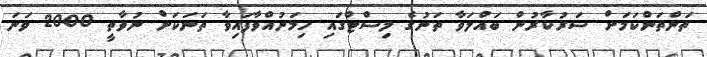
ތަންތަންކަމަށް ސަރުކާރުން ބައްލަވާ ތަނުގެ ލިސްޓްގައި ހިމަނުއްވާފައިވާ ތަނަކަށް ނުވާތީ 2000 ވަނަ